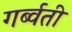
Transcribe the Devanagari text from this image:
गर्ब्वती